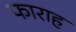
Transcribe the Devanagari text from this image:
फाराह